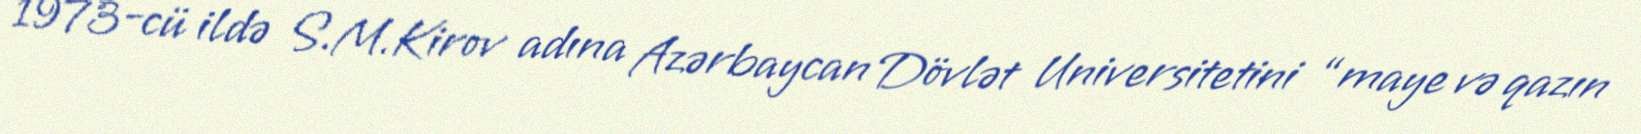
1973-cü ildə S.M.Kirov adına Azərbaycan Dövlət Universitetini “maye və qazın